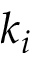
k _ { i }